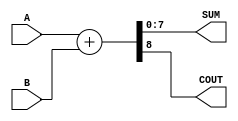
module Parametrized_Adder #(
    parameter WIDTH = 8  // Default bit-width is set to 8
)(
    input  [WIDTH-1:0] A,  // First operand
    input  [WIDTH-1:0] B,  // Second operand
    output [WIDTH-1:0] SUM, // Sum output
    output COUT            // Carry-out output
);

    // Behavioral logic for addition
    assign {COUT, SUM} = A + B; // Concatenate COUT with SUM

endmodule